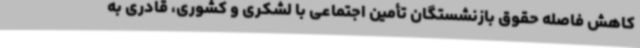
کاهش فاصله حقوق بازنشستگان تأمین اجتماعی با لشکری و کشوری، قادری به